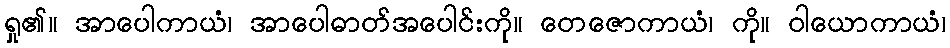
ရှု၏။ အာပေါကာယံ၊ အာပေါဓာတ်အပေါင်းကို။ တေဇောကာယံ၊ ကို။ ဝါယောကာယံ၊